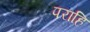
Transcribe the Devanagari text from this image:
पराहि